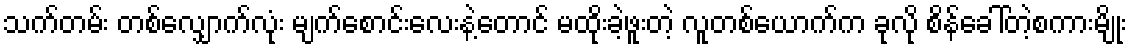
သက်တမ်း တစ်လျှောက်လုံး မျက်စောင်းလေးနဲ့တောင် မထိုးခဲ့ဖူးတဲ့ လူတစ်ယောက်က ခုလို စိန်ခေါ်တဲ့စကားမျိုး